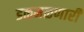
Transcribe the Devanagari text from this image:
डळमळणारी